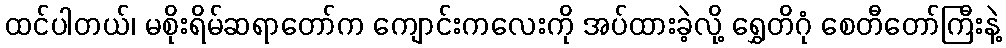
ထင်ပါတယ်၊ မစိုးရိမ်ဆရာတော်က ကျောင်းကလေးကို အပ်ထားခဲ့လို့ ရွှေတိဂုံ စေတီတော်ကြီးနဲ့